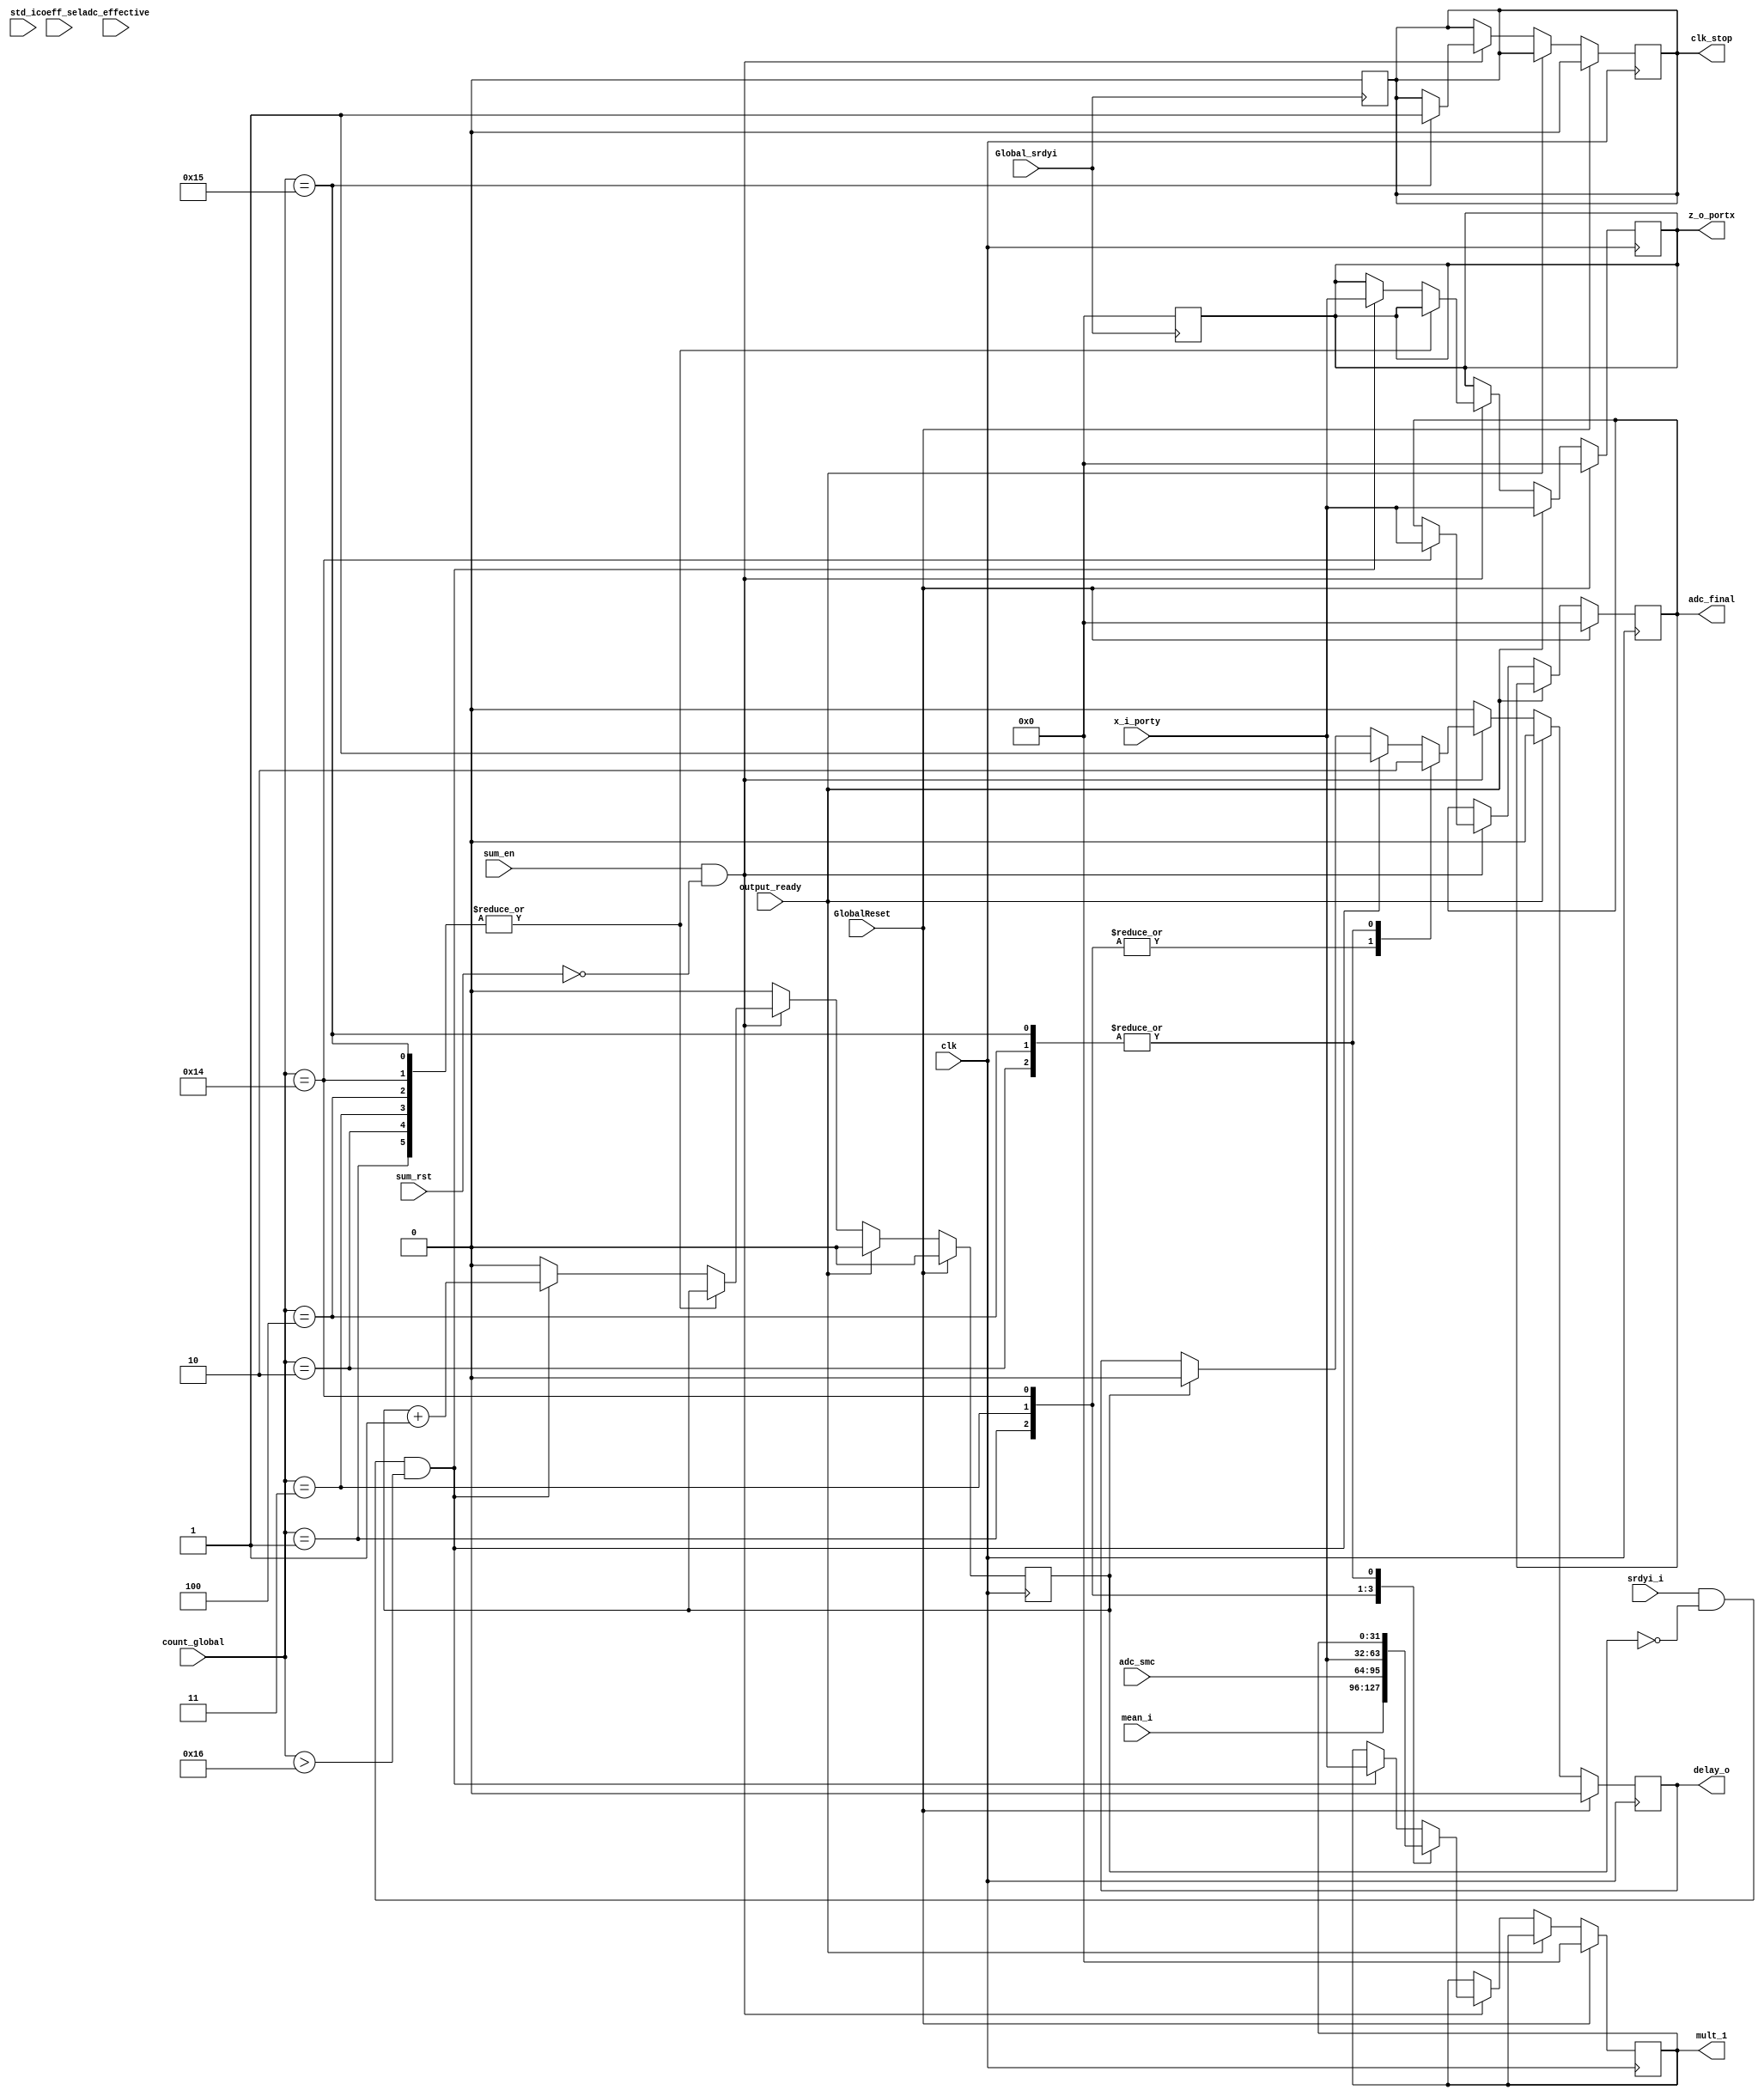
`timescale 1ns / 1ps
//////////////////////////////////////////////////////////////////////////////////
// Company: 
// Engineer: 
// 
// Design Name: 
// Module Name:    delay_sum_block 
// Project Name: 
// Target Devices: 
// Tool versions: 
// Description: 
//
// Dependencies: 
//
// Revision: 
// Revision 0.01 - File Created
// Additional Comments: 
//
//////////////////////////////////////////////////////////////////////////////////
module delay_sum_block(
	input [31:0] x_i_porty,
	input sum_en,
	input sum_rst,
	input srdyi_i,
	input GlobalReset,
	input clk,
	input output_ready,
	input [2:0] coeff_sel,
	input Global_srdyi,
	input [31:0] mean_i,
	input [31:0] std_i,
	input [4:0] count_global,
	input [31:0] adc_smc,
	input [31:0] adc_effective,
	output reg clk_stop,
	output reg [31:0] z_o_portx,
	output reg delay_o,
	output reg [31:0] mult_1,
	output reg [31:0] adc_final
    );
    


reg [31:0] input_reg;
reg [31:0] delay_reg;
reg  counter;

always @(posedge Global_srdyi)
begin
  z_o_portx <= 0;
  clk_stop <=0;
end



always@(posedge clk)
begin
		if(GlobalReset==0)
		begin
		    if(output_ready)
		    begin
		      delay_o <=0;
		      z_o_portx <= x_i_porty;
		      counter <= 0;
		    end
		    
			else if(sum_en==1 && sum_rst==0)
				begin
				    case(count_global)
				      5'd1:
				      begin
				          mult_1 <= mean_i;
				          delay_o <= 1;
				      end
				      5'd2:
				      begin
				          delay_o <= 0;				        
				      end
				      5'd3:
				      begin
				          mult_1 <= adc_smc;
				          delay_o <=1;
				      end
				      5'd4:
				      begin
				          delay_o <= 0;
				      end
				      5'd20:
				      begin
				          adc_final <= x_i_porty;
				          mult_1    <= x_i_porty;
				          delay_o   <= 1;
				        
				      end
				      5'd21:
				      begin
				          delay_o <= 0;
				          clk_stop   <= 1;
				      end
				    
				    default:
				    begin
						if(srdyi_i == 1 && counter ==0 && count_global >5'd22)
						 begin
						    counter <= counter +1;
						    delay_o <= 1;
						    z_o_portx  <= x_i_porty;
						    mult_1    <= x_i_porty;
				     
						 end 
						 else if (counter == 1)
						 begin
						    counter    <= 0;
						    delay_o    <= 0;					    
						 end
					  end
					 
					 endcase
				end
				else
				begin
				
						delay_reg <= 1;
						delay_o	 <=  0;
						counter  <=    0;
				end
		end
		else if(GlobalReset==1)
		begin
		   z_o_portx <= 0;
			 delay_reg <= 0;
			 input_reg <= 0;
			 delay_o	  <= 0; 
			 counter   <= 0;
			 mult_1    <= 0;
			 adc_final <= 0;
			 clk_stop  <= 0;
		end
end




	
endmodule